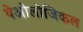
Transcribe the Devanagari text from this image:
थेओलोजिकल